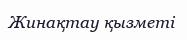
Жинақтау қызметі